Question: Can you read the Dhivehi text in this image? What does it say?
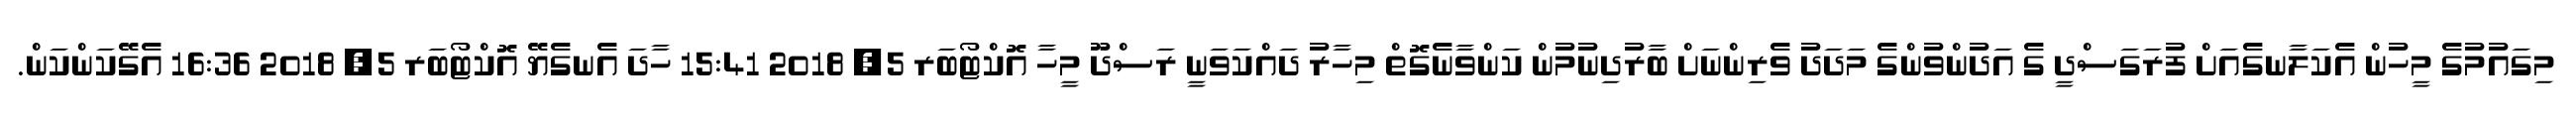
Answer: މިގައުމުގެ މީހުން އެކަލާނގެއަށް ފުރަގަސްދީ ގެ އަދުންވުންގެ މަދަދު ވެރިންނަށް ބާރުދިނުމުން ކަންވާނެގޮތް މިހާރު ދައްކަވަނީ ރަސްދޫ މީހާ އޮކްޓޯބަރ 5, 2018 15:41 ހާދަ އެނގެޔޭ އޮކްޓޯބަރ 5, 2018 16:36 އެގޭކަންކަން.